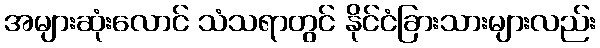
အများဆုံးလောင် သံသရာတွင် နိုင်ငံခြားသားများလည်း